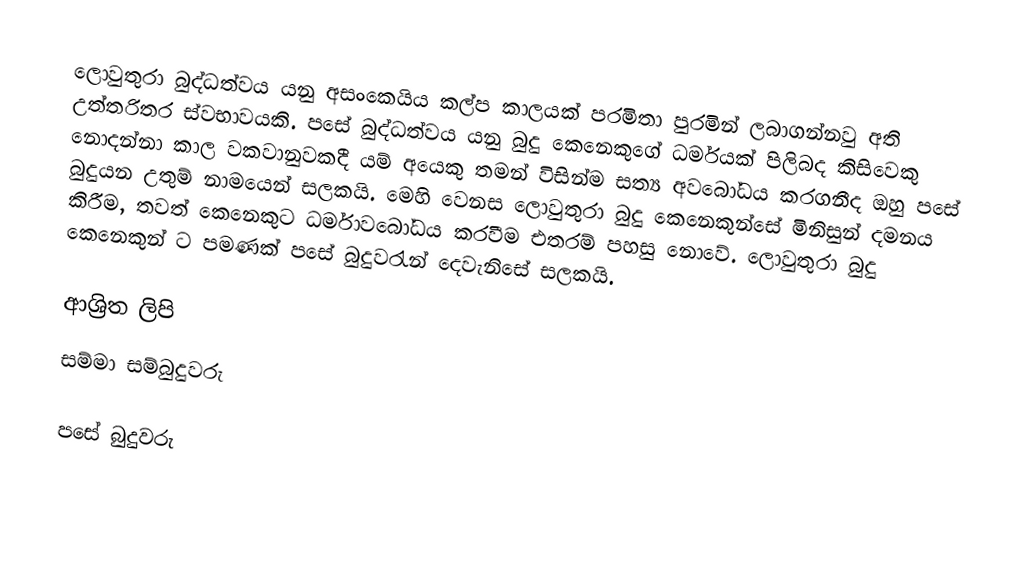
ලොවුතුරා බුද්ධත්වය යනු අසංකෙයිය කල්ප කාලයක් පරමිතා පුරමින් ලබාගන්නවු අති උත්තරිතර ස්වභාවයකි. පසේ බුද්ධත්වය යනු බුදු කෙනෙකුගේ ධර්මයක් පිලිබද කිසිවෙකු නොදන්නා කාල වකවානුවකදී යම් අයෙකු තමන් විසින්ම සත්‍ය අවබෝධය කරගනීද ඔහු පසේ බුදුයන උතුම් නාමයෙන් සලකයි. මෙහි වෙනස ලොවුතුරා බුදු කෙනෙකුන්සේ මිනිසුන් දමනය කිරීම, තවත් කෙනෙකුට ධර්මාවබෝධය කරවීම එතරම් පහසු නොවේ. ලොවුතුරා බුදු කෙනෙකුන් ට පමණක් පසේ බුදුවරැන් දෙවැනිසේ සලකයි.

ආශ්‍රිත ලිපි
 සම්මා සම්බුදුවරු

පසේ බුදුවරු